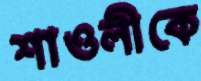
শাওলীকে